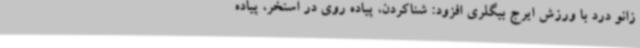
زانو درد با ورزش ایرج بیگلری افزود: شناکردن، پیاده روی در استخر، پیاده